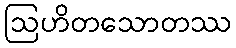
ဩဟိတသောတဿ